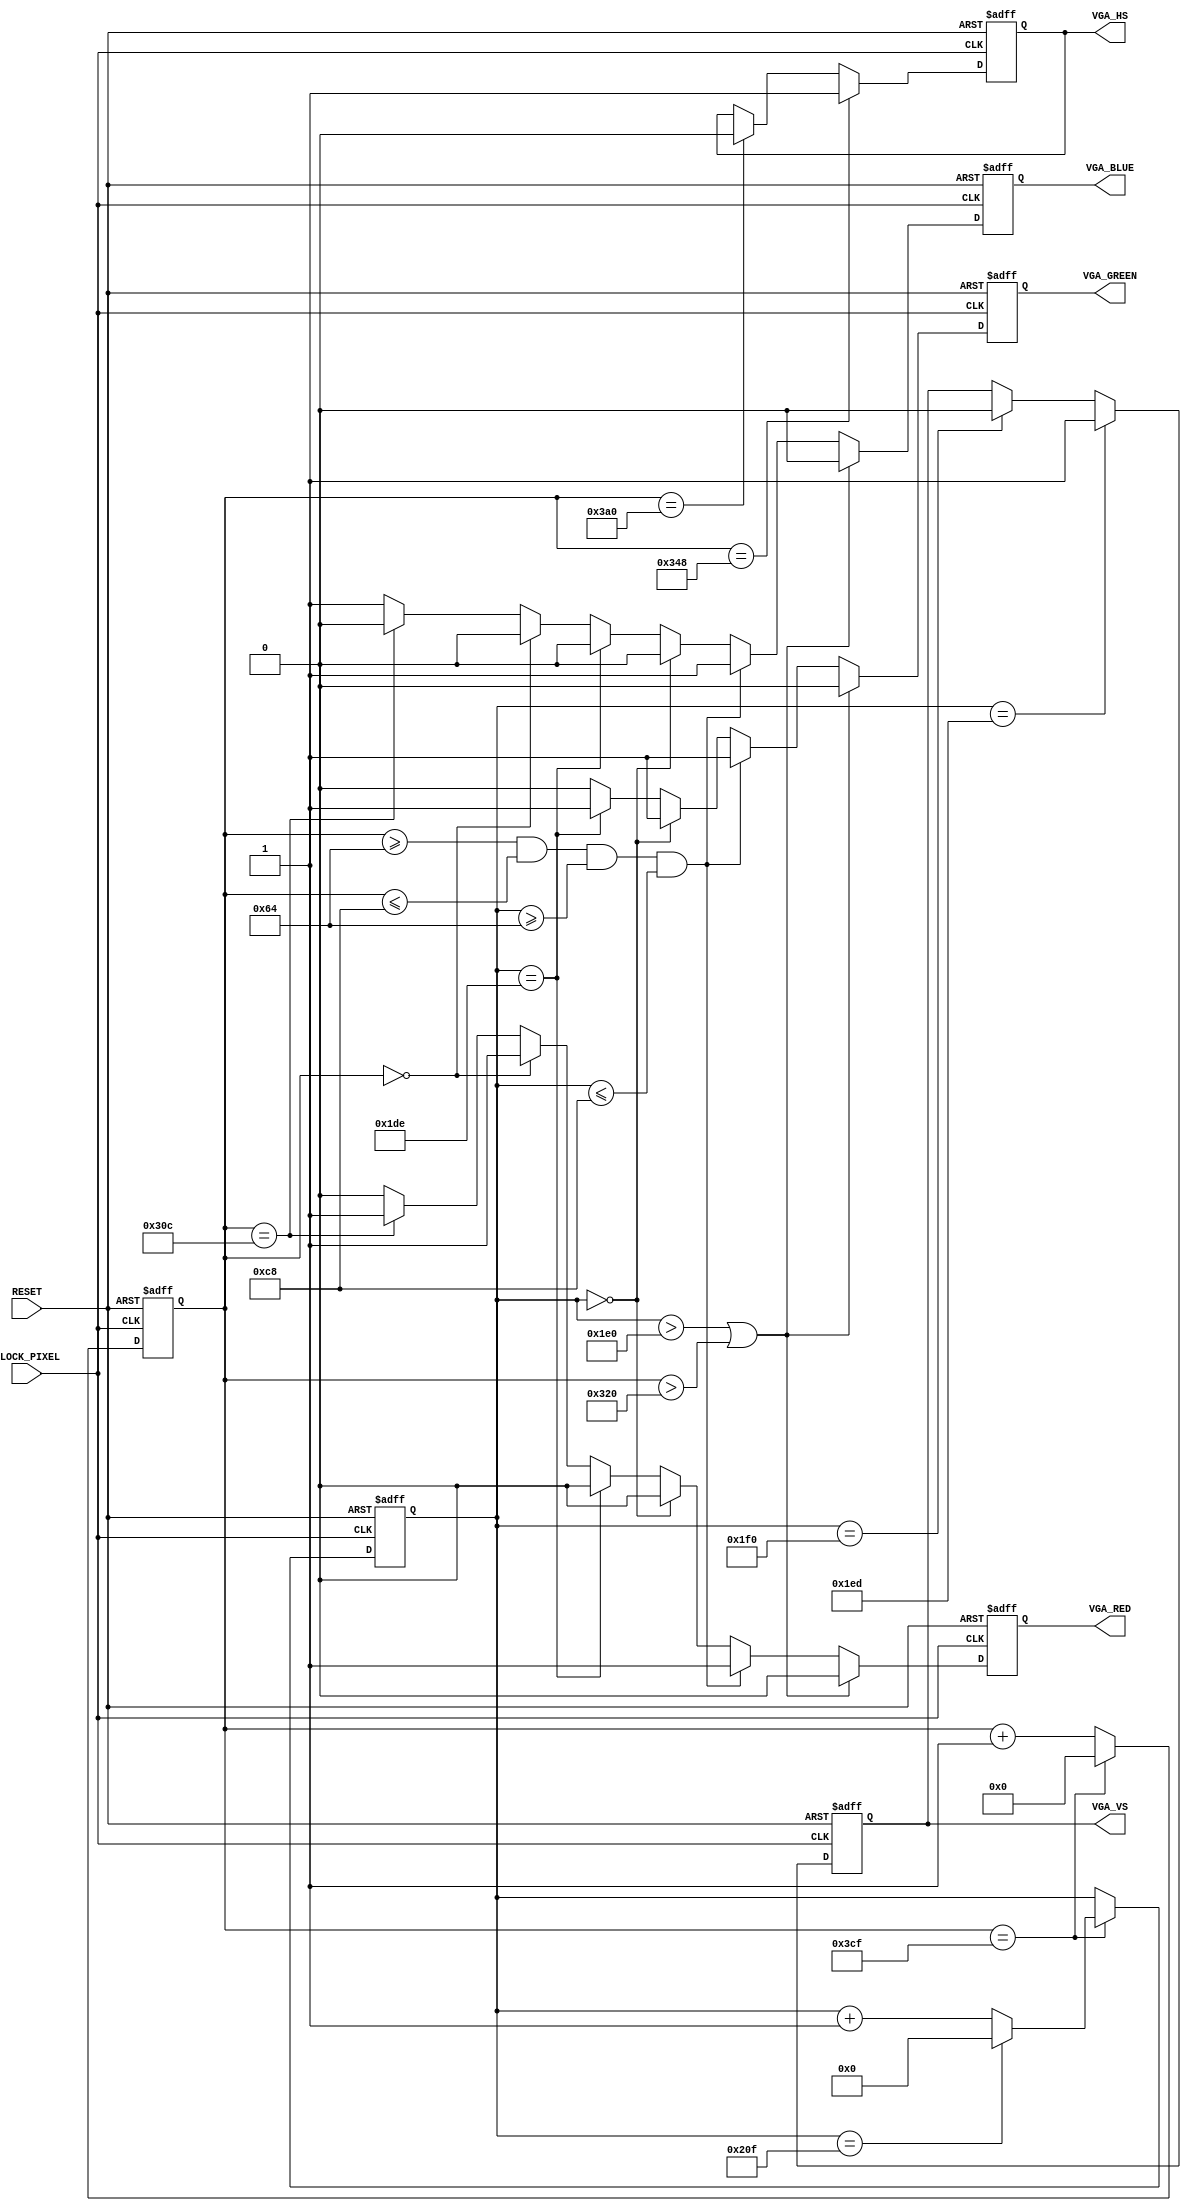

/*
VGA Demo 800x480 at 58Hz

The screen I'm using
http://www.amazon.co.uk/gp/product/B00IR5VRS4?psc=1&redirect=true&ref_=oh_aui_detailpage_o00_s01

http://www.adafruit.com/datasheets/KD50G21-40NT-A1.pdf
if these timings fail, try http://www.adafruit.com/datasheets/AT070TN94.pdf

Pixel Clock (MHz): 30.000 
Horizontal (in Pixels)
    Active Video: 800 
    Front Porch:   40 
    Sync Pulse:   48 
    Back Porch:    88 
        Total pixel clock ticks: 976
Vertical (in Lines)
    Active Video: 480 
    Front Porch:   13 
    Sync Pulse:     3 
    Back Porch:    32 
        Total pixel clock ticks: 528 

Total pixel clock ticks: 692,640
30,000,000 / 515,328 = 58.215350224 = 58Hz

1 pixel clock = 1/30Mhz = 33ns = 0.033us

*/

module vga_demo
    (
        CLOCK_PIXEL,
        RESET,
        VGA_RED,
        VGA_GREEN,
        VGA_BLUE,
        VGA_HS,
        VGA_VS
    );
    input CLOCK_PIXEL;
    input RESET;
    output VGA_RED;
    output VGA_GREEN;
    output VGA_BLUE;
    output VGA_HS;
    output VGA_VS;

    /* Internal registers for horizontal signal timing */
    reg [10:0] hor_reg; // to count up to 975
    reg hor_sync;
    wire hor_max = (hor_reg == 975); // to tell when a line is full

    /* Internal registers for vertical signal timing */
    reg [9:0] ver_reg; // to count up to 527
    reg ver_sync;
    reg red, green, blue;
    wire ver_max = (ver_reg == 527); // to tell when a line is full

    // Code

    /* Running through line */
    always @ (posedge CLOCK_PIXEL or posedge RESET) begin

        if (RESET) begin 
            hor_reg <= 0;
            ver_reg <= 0;
        end
        else if (hor_max) begin
            hor_reg <= 0;

            /* Running through frame */
            if (ver_max)
                ver_reg <= 0;
            else
            ver_reg <= ver_reg + 1;

        end else
            hor_reg <= hor_reg + 1;

    end
    
    always @ (posedge CLOCK_PIXEL or posedge RESET) begin
    
        if (RESET) begin 
            hor_sync <= 0;
            ver_sync <= 0;
            red <= 0;
            green <= 0;
            blue <= 0;
        end
        else begin

            /* Generating the horizontal sync signal */
            if (hor_reg == 840)      // video (800) + front porch (40)
                hor_sync <= 1;       // turn on horizontal sync pulse
            else if (hor_reg == 928) // video (800) + front porch (40) + Sync Pulse (88)
                hor_sync <= 0;       // turn off horizontal sync pulse

            /* Generating the vertical sync signal */
            if (ver_reg == 493)      // LINES: video (480) +  front porch (13)
                ver_sync <= 1;       // turn on vertical sync pulse
            else if (ver_reg == 496) // LINES: video (480) + front porch (13) + Sync Pulse (3)
                ver_sync <= 0;       // turn off vertical sync pulse

                
            // black during the porches
            if (ver_reg > 480 || hor_reg > 800) begin
                red <= 0;
                green <= 0;
                blue <= 0;
            end
            else begin
                
                // Draw a single square.
                if (hor_reg >= 100 && hor_reg <= 200 && ver_reg >= 100 && ver_reg <= 200) begin
                    red <= 1;
                    green <= 1;
                    blue <= 1;
                end 
                
                // top border
                else if (ver_reg == 0 ) begin
                    red <= 0;
                    green <= 1;
                    blue <= 0;
                end
                
                // bottom border
                else if (ver_reg == 478 ) begin // Not quite 480 visable
                    red <= 0;
                    green <= 1;
                    blue <= 0;
                end
                
                // left border
                else if (hor_reg == 0 ) begin
                    red <= 1;
                    green <= 0;
                    blue <= 0;
                end
                
                // right border
                else if (hor_reg == 780 ) begin // Not quite 800 visable
                    red <= 1;
                    green <= 0;
                    blue <= 0;
                end
                
                else begin
                    red <= 0;
                    green <= 0;
                    blue <= 1;
                end
            end
        end
    end

    // Send the sync signals to the outputh.
    // this doc says pulse is positive http://tinyvga.com/vga-timing/800x600@72Hz
    assign VGA_HS = hor_sync;
    assign VGA_VS = ver_sync;
 
    assign VGA_RED =  red;
    assign VGA_GREEN = green;
    assign VGA_BLUE = blue;
    

    
endmodule